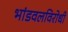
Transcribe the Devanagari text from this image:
भांडवलविरोधी